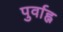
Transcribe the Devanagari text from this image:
पुर्वाह्न